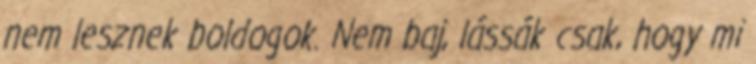
nem lesznek boldogok. Nem baj, lássák csak, hogy mi